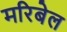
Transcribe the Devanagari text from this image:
मरिबेल